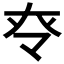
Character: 𡗪